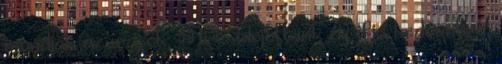
mondják az írások, Mi is idejöttünk az ifjú kedvünkre,